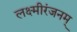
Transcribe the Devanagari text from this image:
लक्ष्मीरंजनम्